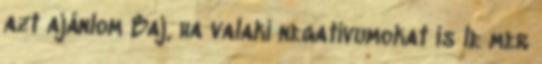
azt ajánlom Baj, ha valaki negatívumokat is le mer